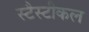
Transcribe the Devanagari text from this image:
स्टैस्टीकल